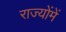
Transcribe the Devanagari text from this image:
राज्योंमें